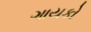
ગાયકો